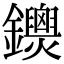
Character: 𨯺